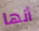
أنها